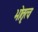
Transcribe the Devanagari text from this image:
भोतृत्व